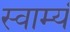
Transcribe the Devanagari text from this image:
स्वाम्यं